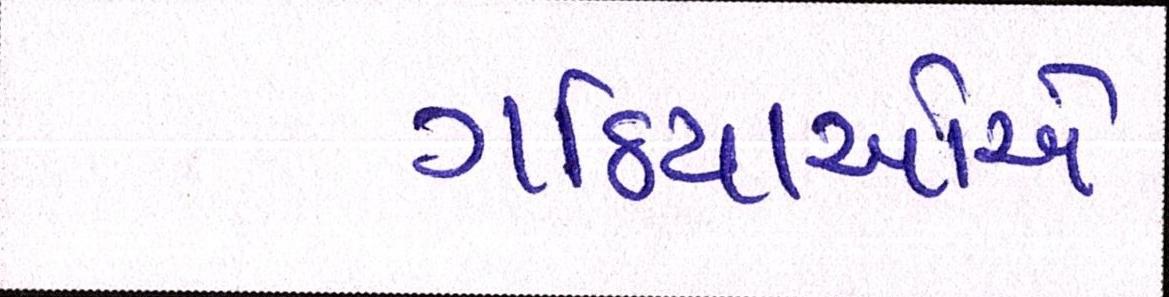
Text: ગઠિયાઓએ